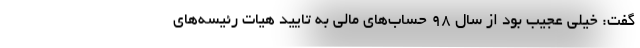
گفت: خیلی عجیب بود از سال ۹۸ حساب‌های مالی به تایید هیات رئیسه‌های